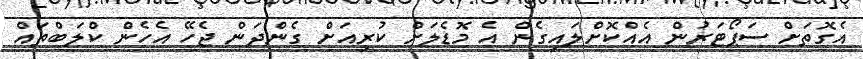
އެގޮތަށް ސަޕޯޓަރުން އެއްކޮށްލައިގެން އެ މޮޑެލަށް ކުރިއަށް ގެންދަން ޖެހޭ އެހެން ކްލަބްތައް